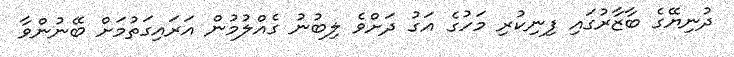
ދުނިޔޭގެ ބާޒާރުގައި ފިނިކުރި މަހުގެ އަގު ދަށްވެ ލިބުނު ގެއްލުމުން އަރައިގަތުމަށް ބޭނުންވާ